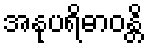
အနုပရိဓာဝန္တိ